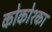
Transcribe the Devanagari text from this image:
कोकोश्का